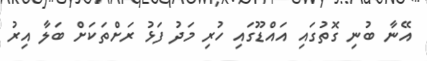
އޭނާ ބުނި ގޮތުގައި އައްޑޫގައި ހުރި މަދު ފަޅު ރަށްތަކަށް ބަލާ އިރު